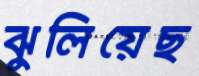
ঝুলিয়েছ